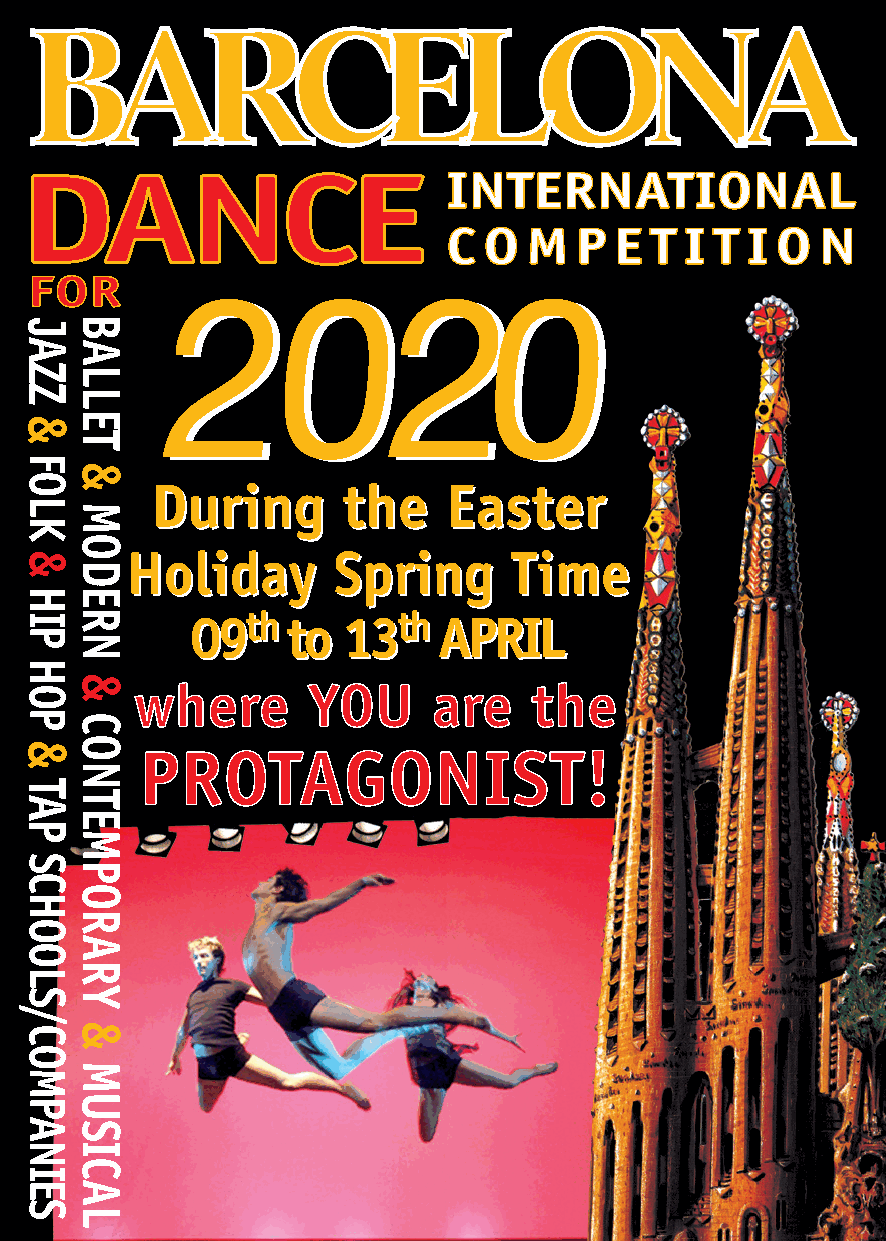
BARCELONA
 DANCE                        INTERNATIONAL
 C O  M  P  E T I T I O  N
 FOR
 22002200
 DDuurriinngg tthhee EEaasstteerr
 HHoolliiddaayy SSpprriinngg TTiimmee
 0099tthh ttoo 1133tthh AAPPRRIILL
 where      YOU      are   the
 PROTAGONIST!
 JAZZ
 &
 FOLK
 &
 HIP
 HOP
 &
 TAP
 SCHOOLS/COMPANIES
 BALLET
 &
 MODERN
 &
 CONTEMPORARY
 &
 MUSICAL